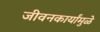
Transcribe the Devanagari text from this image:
जीवनकार्यांमुळे